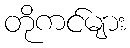
တိုကင်များ